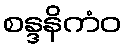
စန္ဒနိကံဝ